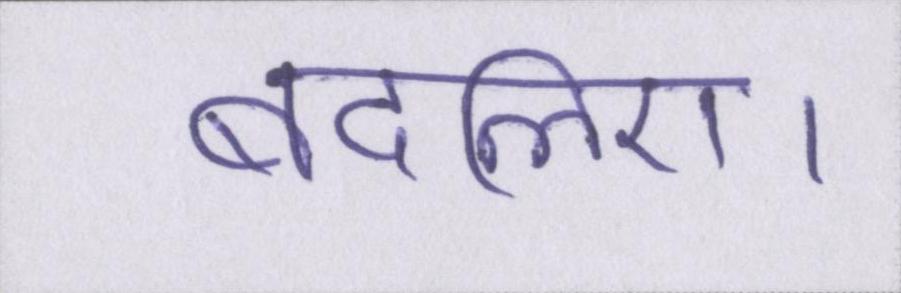
बदलिए।